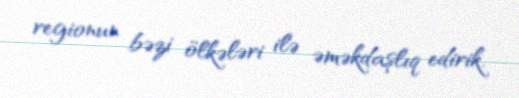
regionun bəzi ölkələri ilə əməkdaşlıq edirik.